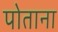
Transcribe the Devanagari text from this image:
पोताना